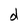
Character: d